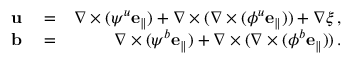
\begin{array} { r l r } { { \bf u } } & { { } = } & { \nabla \times ( \psi ^ { u } { \bf e _ { \parallel } } ) + \nabla \times ( \nabla \times ( \phi ^ { u } { \bf e _ { \parallel } } ) ) + \nabla \xi \, , } \\ { { \bf b } } & { { } = } & { \nabla \times ( \psi ^ { b } { \bf e _ { \parallel } } ) + \nabla \times ( \nabla \times ( \phi ^ { b } { \bf e _ { \parallel } } ) ) \, . } \end{array}